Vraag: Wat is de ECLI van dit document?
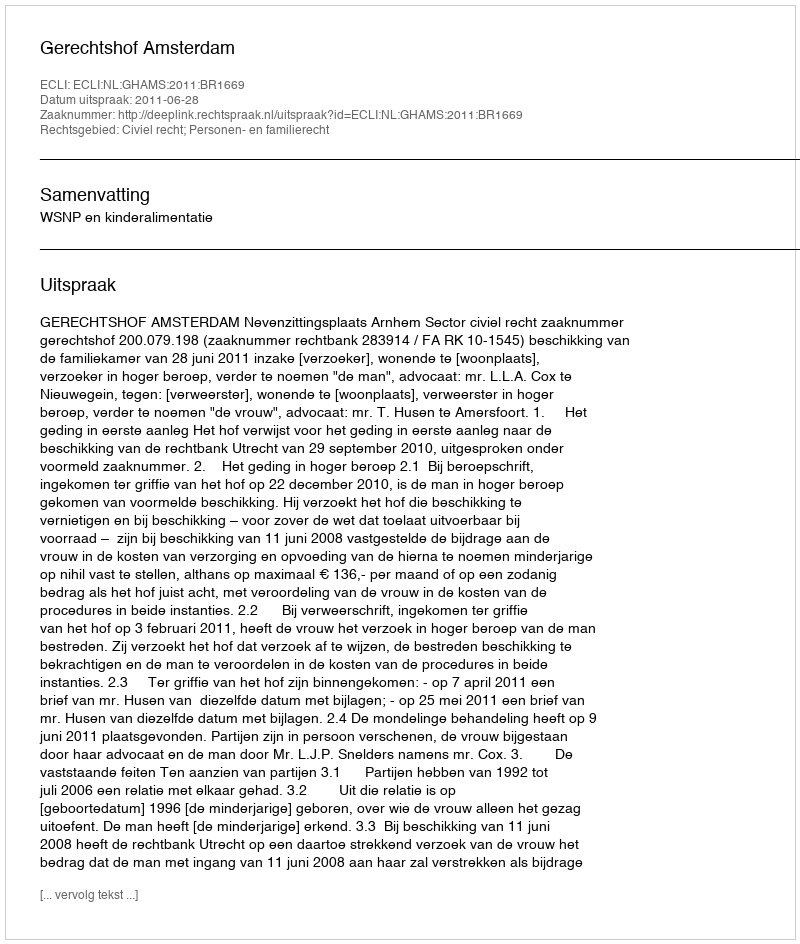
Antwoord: ECLI:NL:GHAMS:2011:BR1669